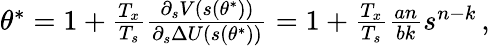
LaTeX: \begin{array}{r}{\theta^{*}=1+\frac{T_{x}}{T_{s}}\frac{\partial_{s}V(s\left(\theta^{*}\right))}{\partial_{s}\Delta U(s\left(\theta^{*}\right))}=1+\frac{T_{x}}{T_{s}}\frac{an}{bk}s^{n-k}\, ,}\end{array}